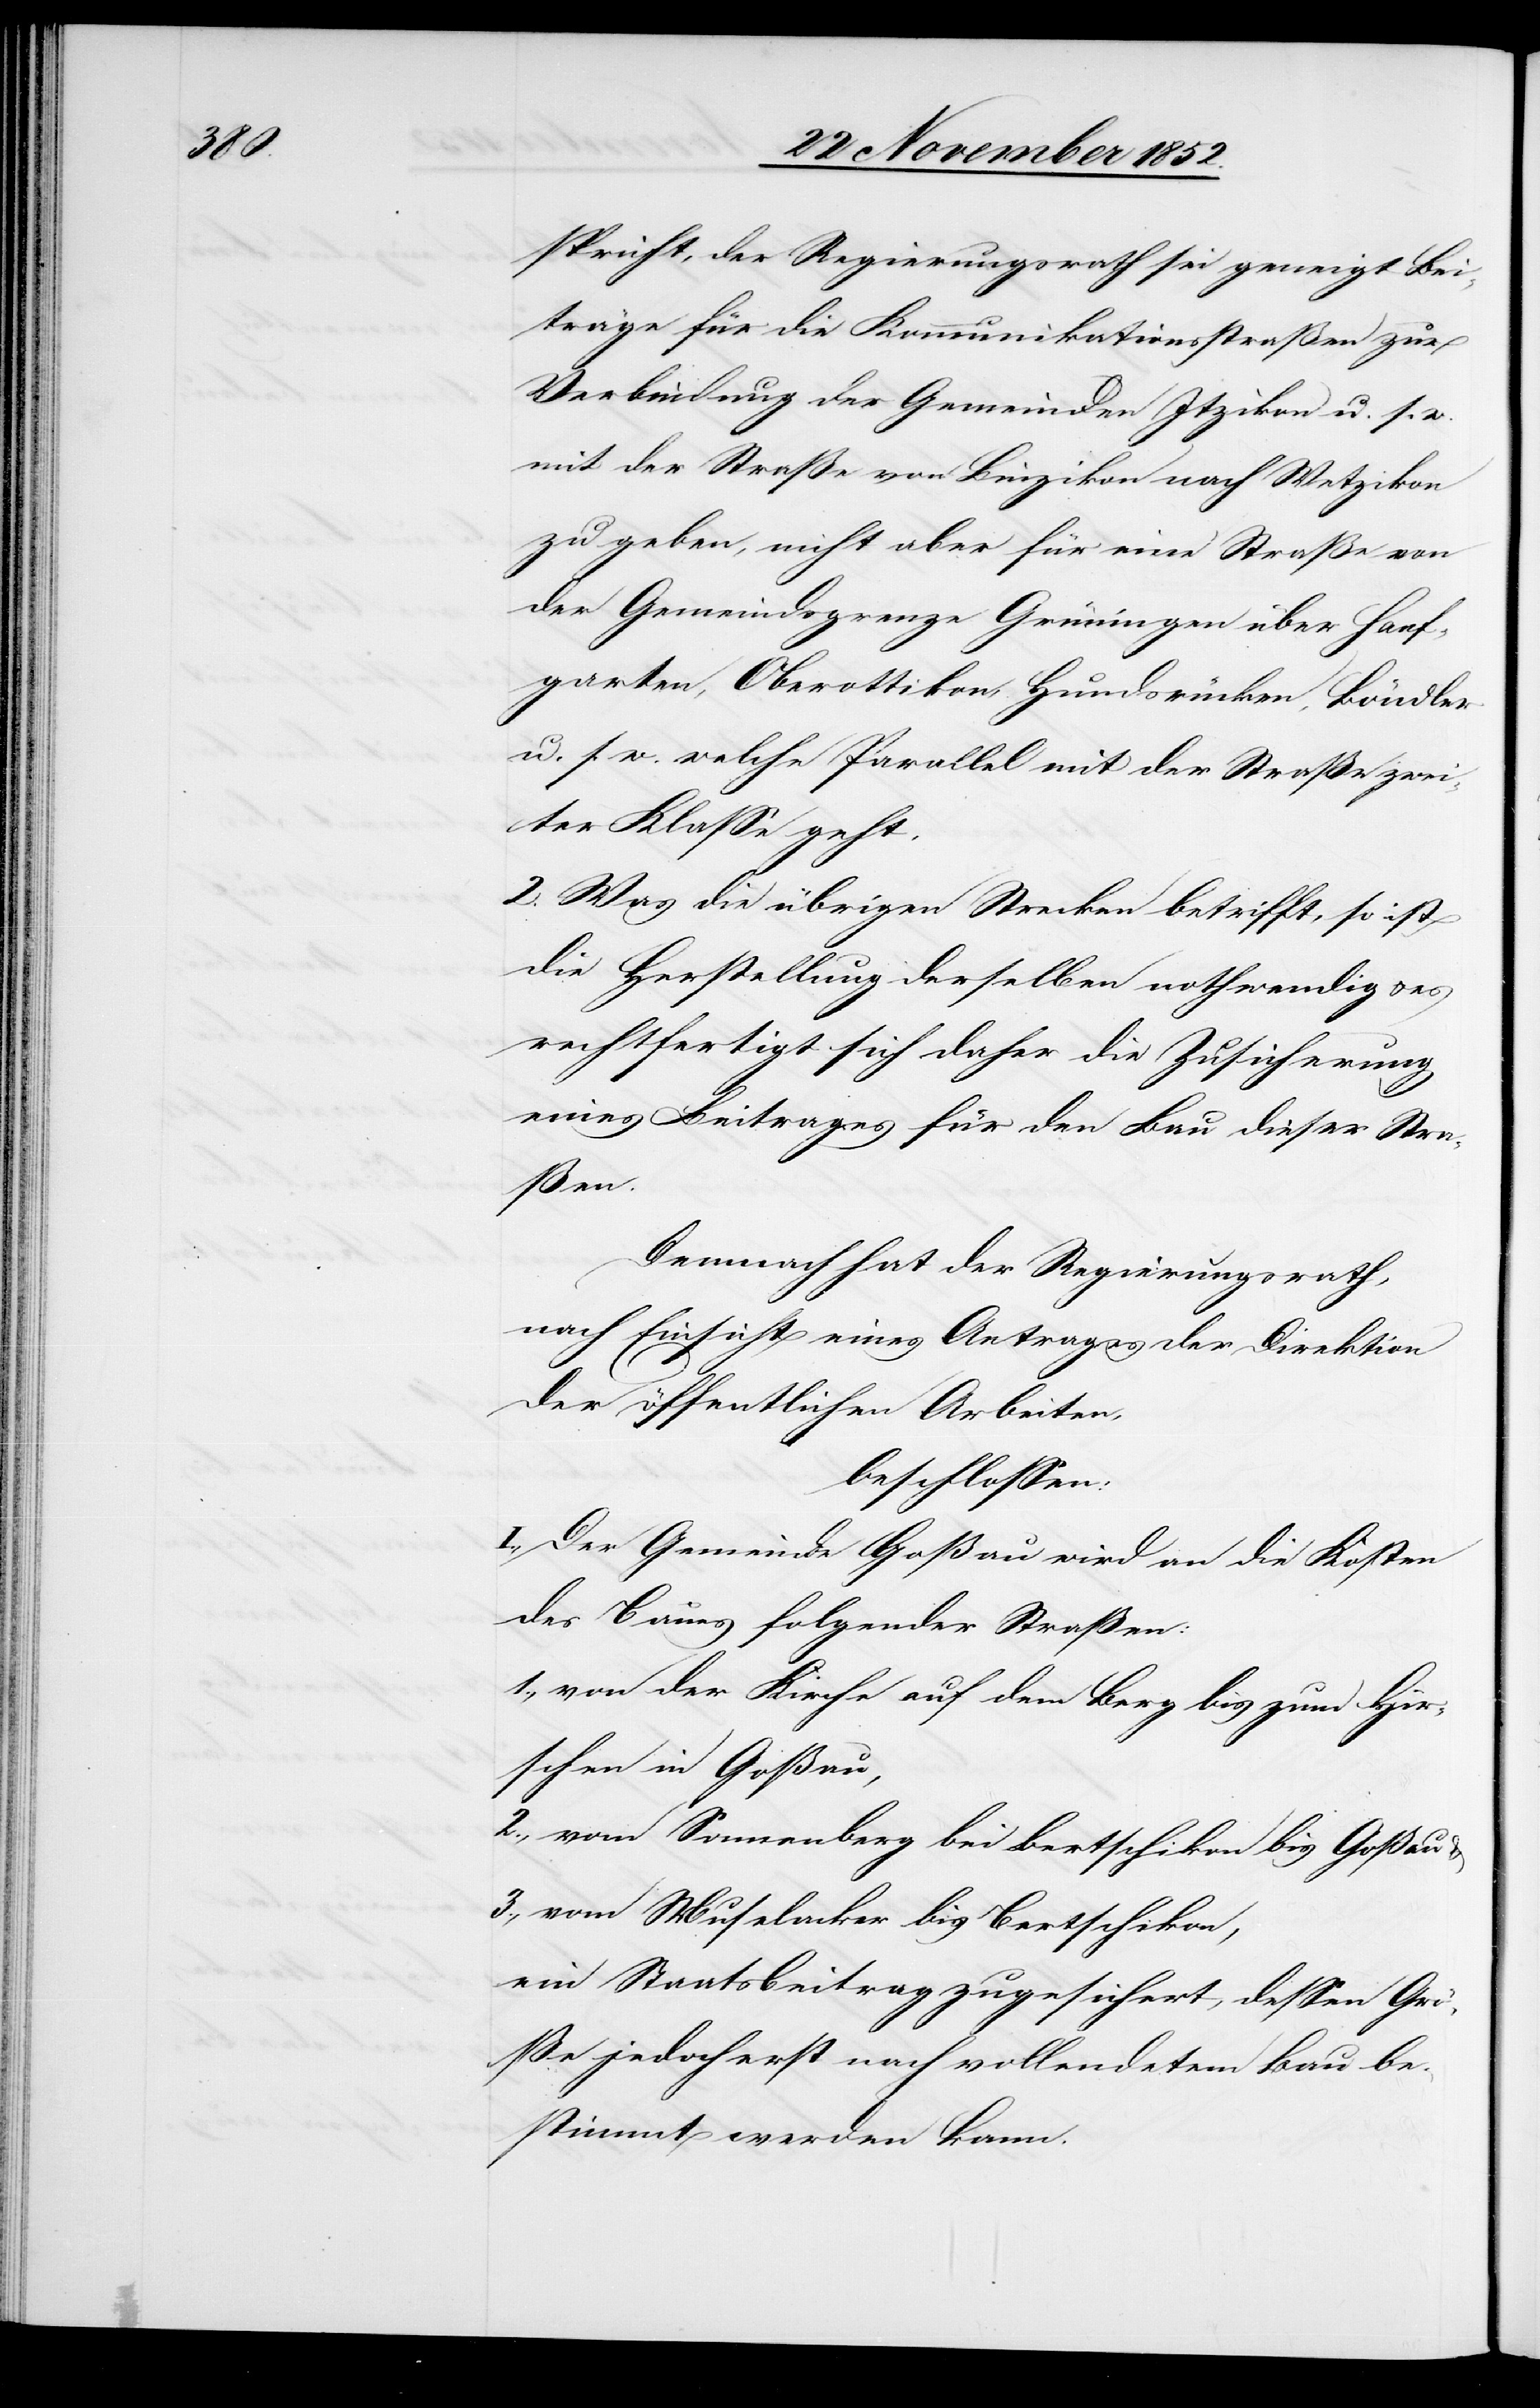
spricht, der Regierungsrath sei geneigt Bei¬
träge für die Kommunikationsstraßen zur
Verbindung der Gemeinden Itzikon u. s. w.
mit der Straße von Binzikon nach Wetzikon
zu geben, nicht aber für eine Straße von
der Gemeindsgrenze Grüningen über Hanf¬
garten, Oberottikon, Hundsrücken, Böndler
u. s. w. welche Parallel mit der Straße zwei¬
ter Klasse geht.
2. Was die übrigen Strecken betrifft, so ist
die Herstellung derselben nothwendig & es
rechtfertigt sich daher die Zusicherung
eines Beitrages für den Bau dieser Stra¬
ßen.
Demnach hat der Regierungsrath,
nach Einsicht eines Antrages der Direktion
der öffentlichen Arbeiten,
beschlossen:
I., Der Gemeinde Goßau wird an die Kosten
des Baues folgender Straßen:
1., von der Kirche auf dem Berg bis zum Hir¬
schen in Goßau,
2., vom Sonnenberg bei Bertschikon bis Goßau &
3., vom Muselacker bis Bertschikon,
ein Staatsbeitrag zugesichert, dessen Grö¬
ße jedoch erst nach vollendetem Bau be¬
stimmt werden kann.